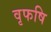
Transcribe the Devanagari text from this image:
वृफषि